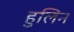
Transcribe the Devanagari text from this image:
हुलिन